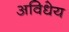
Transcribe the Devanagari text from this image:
अविधेय